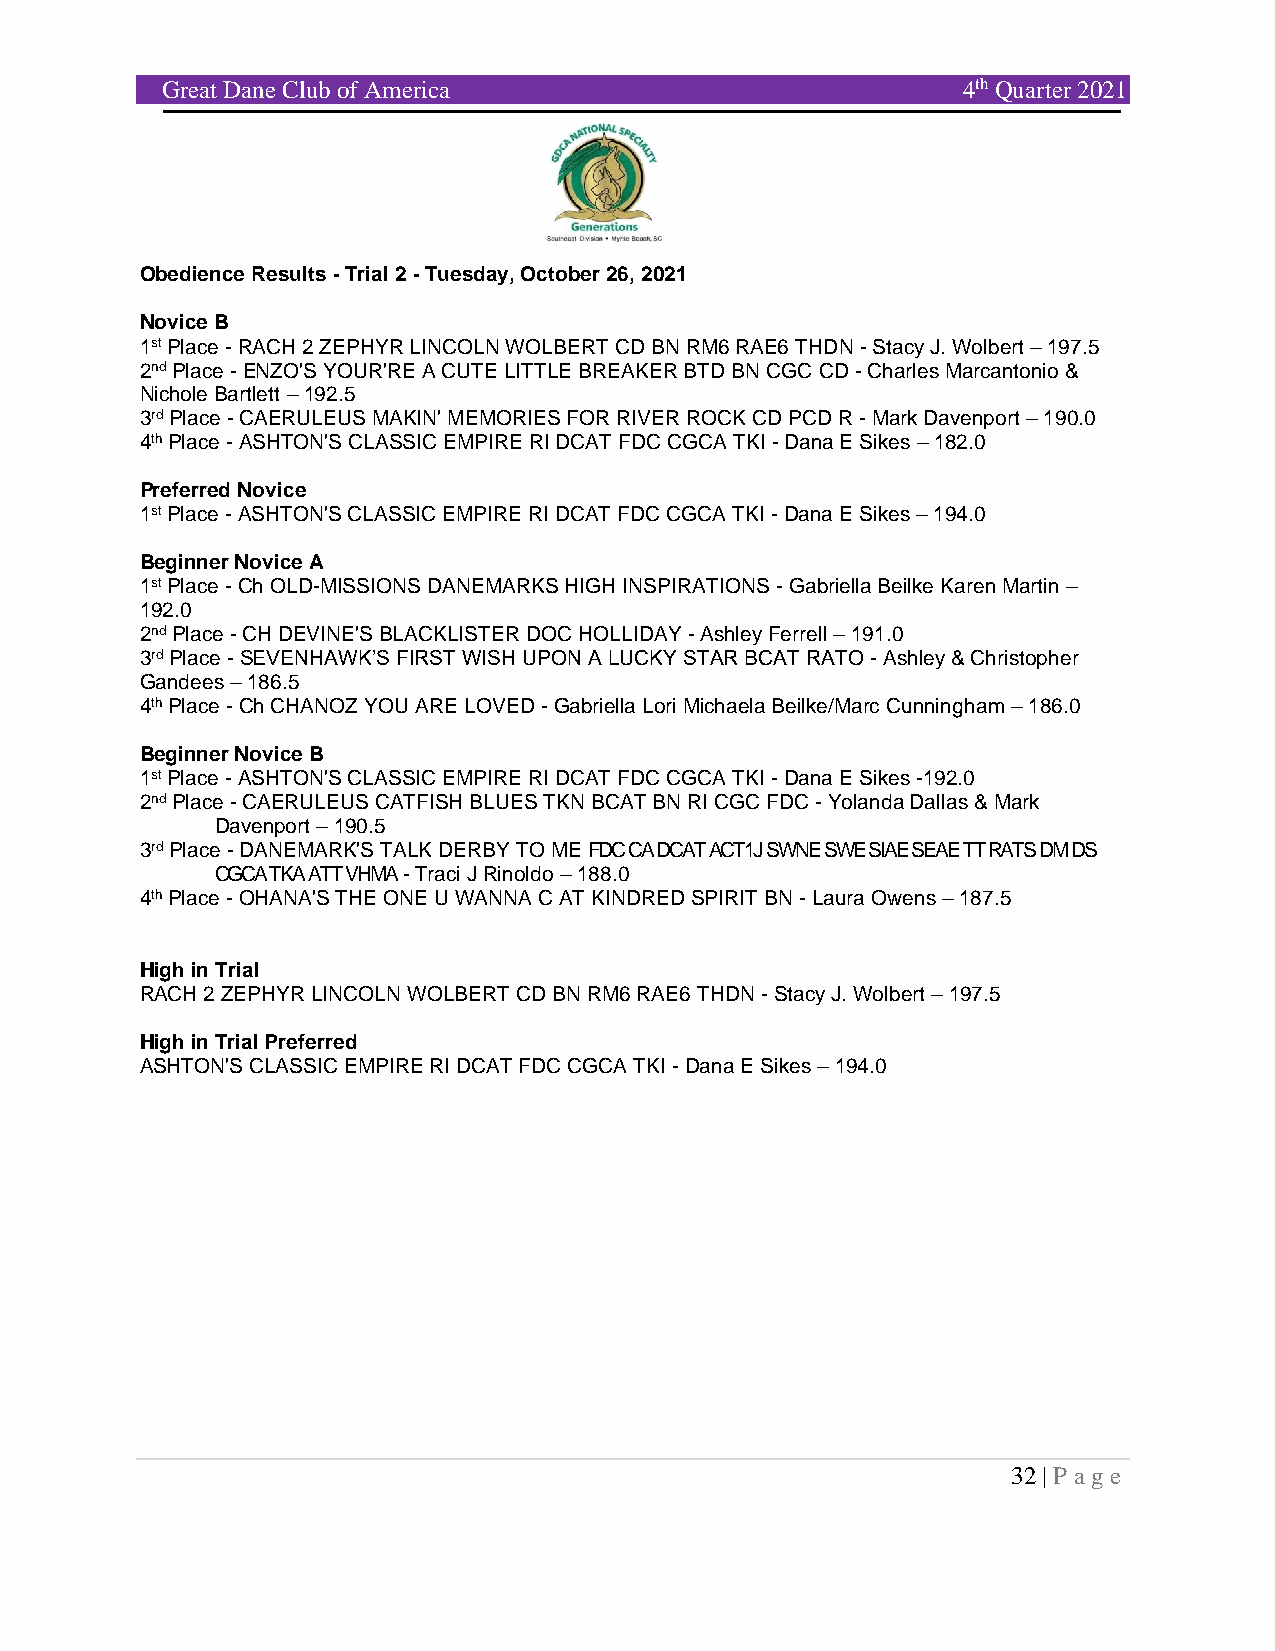
Great Dane Club of America                           4th Quarter 2021
 Obedience Results - Trial 2 - Tuesday, October 26, 2021
 Novice B
 1st Place - RACH 2 ZEPHYR LINCOLN WOLBERT CD BN RM6 RAE6 THDN - Stacy J. Wolbert – 197.5
 2nd Place - ENZO'S YOUR'RE A CUTE LITTLE BREAKER BTD BN CGC CD - Charles Marcantonio &
 Nichole Bartlett – 192.5
 3rd Place - CAERULEUS MAKIN' MEMORIES FOR RIVER ROCK CD PCD R - Mark Davenport – 190.0
 4th Place - ASHTON'S CLASSIC EMPIRE RI DCAT FDC CGCA TKI - Dana E Sikes – 182.0
 Preferred Novice
 1st Place - ASHTON'S CLASSIC EMPIRE RI DCAT FDC CGCA TKI - Dana E Sikes – 194.0
 Beginner Novice A
 1st Place - Ch OLD-MISSIONS DANEMARKS HIGH INSPIRATIONS - Gabriella Beilke Karen Martin –
 192.0
 2nd Place - CH DEVINE'S BLACKLISTER DOC HOLLIDAY - Ashley Ferrell – 191.0
 3rd Place - SEVENHAWK’S FIRST WISH UPON A LUCKY STAR BCAT RATO - Ashley & Christopher
 Gandees – 186.5
 4th Place - Ch CHANOZ YOU ARE LOVED - Gabriella Lori Michaela Beilke/Marc Cunningham – 186.0
 Beginner Novice B
 1st Place - ASHTON'S CLASSIC EMPIRE RI DCAT FDC CGCA TKI - Dana E Sikes -192.0
 2nd Place - CAERULEUS CATFISH BLUES TKN BCAT BN RI CGC FDC - Yolanda Dallas & Mark
 Davenport – 190.5
 3rd Place - DANEMARK'S TALK DERBY TO ME FDC CA DCAT ACT1J SWNE SWE SIAE SEAE TT RATS DM DS
 CGCA TKA ATT VHMA - Traci J Rinoldo – 188.0
 4th Place - OHANA'S THE ONE U WANNA C AT KINDRED SPIRIT BN - Laura Owens – 187.5
 High in Trial
 RACH 2 ZEPHYR LINCOLN WOLBERT CD BN RM6 RAE6 THDN - Stacy J. Wolbert – 197.5
 High in Trial Preferred
 ASHTON'S CLASSIC EMPIRE RI DCAT FDC CGCA TKI - Dana E Sikes – 194.0
 32 | P age